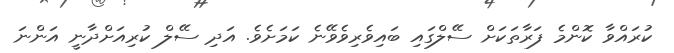
ކުރައްވާ ކޮންމެ ފަރާތަކަށް ސޭލްގައި ބައިވެރިވެވޭނެ ކަމަށެވެ. އަދި ސޭލް ކުރިއަށްދާނީ އަންނަ